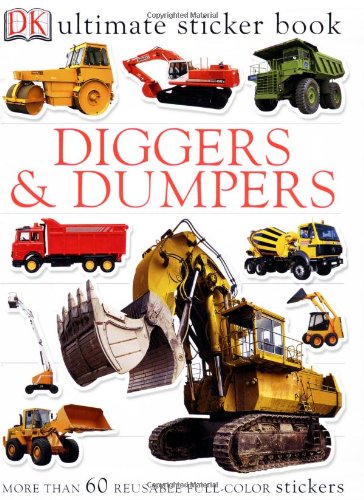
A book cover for Ultimate Sticker Book: Diggers and Dumpers (Ultimate Sticker Books); DK Publishing; Children's Books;